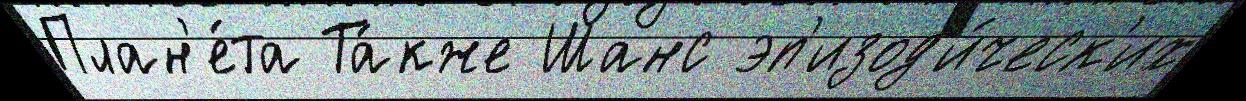
План'е́та Та́кже Шанс эп'изод'и́ческ'их